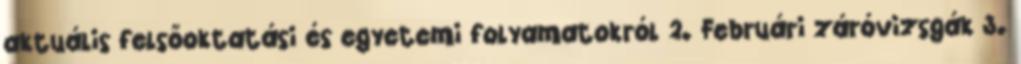
aktuális felsőoktatási és egyetemi folyamatokról 2. Februári záróvizsgák 3.